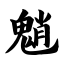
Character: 魈